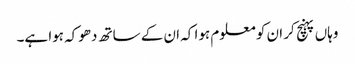
وہاں پہنچ کر ان کو معلوم ہوا کہ ان کے ساتھ دھوکہ ہوا ہے۔